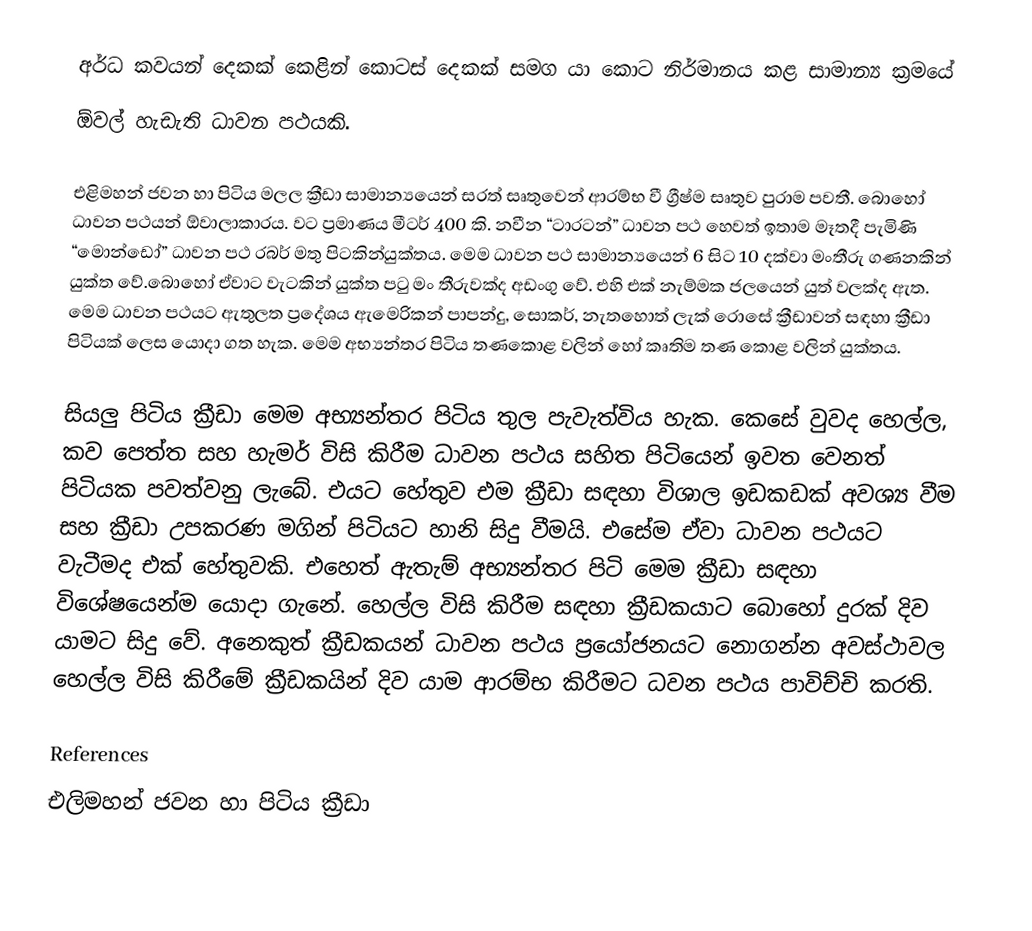
අර්ධ කවයන් දෙකක් කෙළින් කොටස් දෙකක් සමග යා කොට නිර්මානය කළ සාමාන්‍ය ක්‍රමයේ
ඕවල් හැඩැති ධාවන පථයකි.

එළිමහන් ජවන හා පිටිය මලල ක්‍රීඩා සාමාන්‍යයෙන් සරත් සෘතුවෙන් ආරම්භ වී ග්‍රීෂ්ම සෘතුව පුරාම පවතී. බොහෝ ධාවන පථයන් ඕවාලාකාරය. වට ප්‍රමාණය මීටර් 400 කි. නවීන “ටාරටන්” ධාවන පථ හෙවත් ඉතාම මෑතදී පැමිණි “මොන්ඩෝ” ධාවන පථ රබර් මතු පිටකින්යුක්තය. මෙම ධාවන පථ සාමාන්‍යයෙන් 6 සිට 10 දක්වා   මංතීරු ගණනකින් යුක්ත වේ.බොහෝ ඒවාට වැටකින් යුක්ත පටු මං තීරුවක්ද අඩංගු වේ. එහි එක් නැම්මක ජලයෙන් යුත් වලක්ද ඇත. මෙම ධාවන පථයට ඇතුලත ප්‍රදේශය ඇමෙරිකන් පාපන්දු, සොකර්, නැතහොත් ලැක් රොසේ  ක්‍රීඩාවන් සඳහා ක්‍රීඩා පිටියක් ලෙස යොදා ගත හැක. මෙම අභ්‍යන්තර පිටිය තණකොළ වලින් හෝ කෘතිම තණ කොළ වලින් යුක්තය.

සියලු පිටිය ක්‍රීඩා මෙම අභ්‍යන්තර පිටිය තුල පැවැත්විය හැක. කෙසේ වුවද හෙල්ල, කව පෙත්ත සහ හැමර් විසි කිරීම ධාවන පථය සහිත පිටියෙන් ඉවත වෙනත් පිටියක පවත්වනු ලැබේ. එයට හේතුව එම ක්‍රීඩා සඳහා විශාල ඉඩකඩක් අවශ්‍ය වීම සහ ක්‍රීඩා උපකරණ මගින් පිටියට හානි සිදු වීමයි.  එසේම ඒවා ධාවන පථයට වැටීමද එක් හේතුවකි. එහෙත් ඇතැම් අභ්‍යන්තර පිටි මෙම ක්‍රීඩා සඳහා විශේෂයෙන්ම යොදා ගැනේ. හෙල්ල විසි කිරීම සඳහා ක්‍රීඩකයාට බොහෝ දුරක් දිව යාමට සිදු වේ. අනෙකුත් ක්‍රීඩකයන් ධාවන පථය ප්‍රයෝජනයට නොගන්න අවස්ථාවල හෙල්ල විසි කිරීමේ ක්‍රීඩකයින් දිව යාම ආරම්භ කිරීමට ධවන පථය පාවිච්චි කරති.

References
එලිමහන් ජවන හා පිටිය ක්‍රීඩා